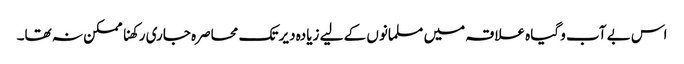
اس بے آب و گیاہ علاقہ میں مسلمانوں کے لیے زیادہ دیر تک محاصرہ جاری رکھنا ممکن نہ تھا۔